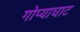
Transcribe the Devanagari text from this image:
गोप्याघाट